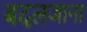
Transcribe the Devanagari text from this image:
बदलजाना